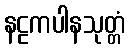
နဠကပါနသုတ္တံ